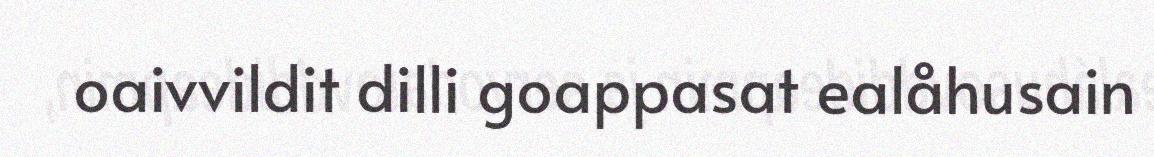
oaivvildit dilli goappasat ealåhusain